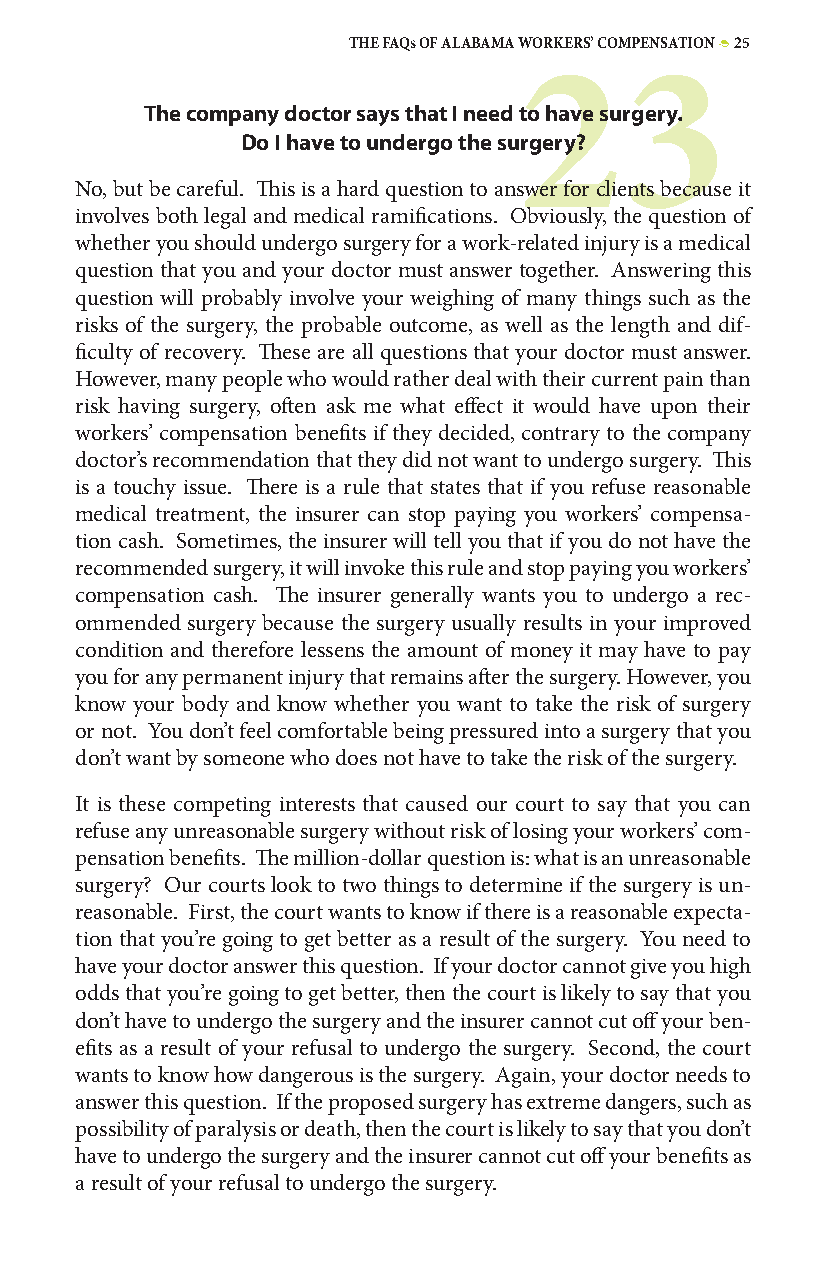
THE FAQs OF ALABAMA WORKERS’ COMPENSATION • 25
 23
 The company doctor says that I need to have surgery.
 Do I have to undergo the surgery?
 No, but be careful. This is a hard question to answer for clients because it
 involves both legal and medical ramifications. Obviously, the question of
 whether you should undergo surgery for a work-related injury is a medical
 question that you and your doctor must answer together. Answering this
 question will probably involve your weighing of many things such as the
 risks of the surgery, the probable outcome, as well as the length and dif-
 ficulty of recovery. These are all questions that your doctor must answer.
 However, many people who would rather deal with their current pain than
 risk having surgery, often ask me what effect it would have upon their
 workers’ compensation benefits if they decided, contrary to the company
 doctor’s recommendation that they did not want to undergo surgery. This
 is a touchy issue. There is a rule that states that if you refuse reasonable
 medical treatment, the insurer can stop paying you workers’ compensa-
 tion cash. Sometimes, the insurer will tell you that if you do not have the
 recommended surgery, it will invoke this rule and stop paying you workers’
 compensation cash. The insurer generally wants you to undergo a rec-
 ommended surgery because the surgery usually results in your improved
 condition and therefore lessens the amount of money it may have to pay
 you for any permanent injury that remains after the surgery. However, you
 know your body and know whether you want to take the risk of surgery
 or not. You don’t feel comfortable being pressured into a surgery that you
 don’t want by someone who does not have to take the risk of the surgery.
 It is these competing interests that caused our court to say that you can
 refuse any unreasonable surgery without risk of losing your workers’ com-
 pensation benefits. The million-dollar question is: what is an unreasonable
 surgery? Our courts look to two things to determine if the surgery is un-
 reasonable. First, the court wants to know if there is a reasonable expecta-
 tion that you’re going to get better as a result of the surgery. You need to
 have your doctor answer this question. If your doctor cannot give you high
 odds that you’re going to get better, then the court is likely to say that you
 don’t have to undergo the surgery and the insurer cannot cut off your ben-
 efits as a result of your refusal to undergo the surgery. Second, the court
 wants to know how dangerous is the surgery. Again, your doctor needs to
 answer this question. If the proposed surgery has extreme dangers, such as
 possibility of paralysis or death, then the court is likely to say that you don’t
 have to undergo the surgery and the insurer cannot cut off your benefits as
 a result of your refusal to undergo the surgery.